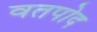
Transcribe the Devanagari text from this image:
वतपोद